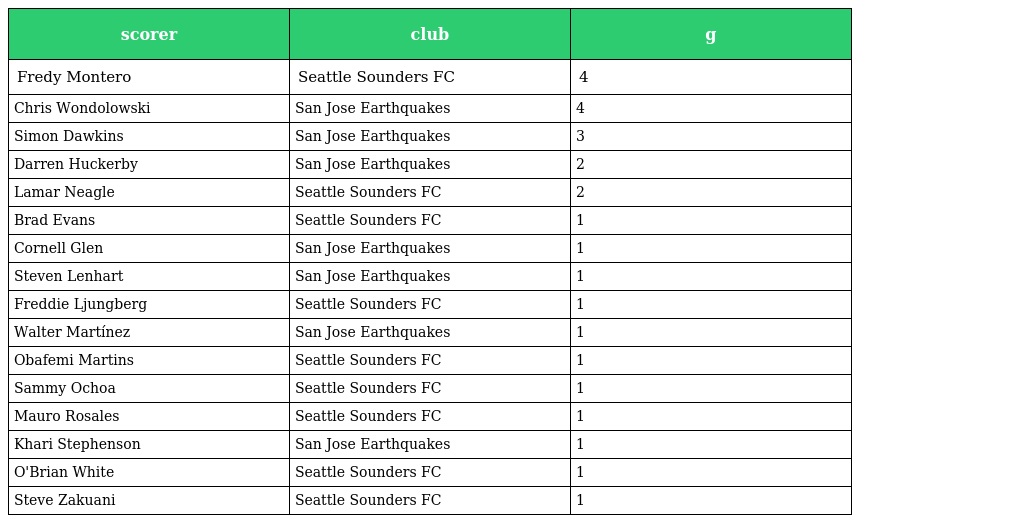
| scorer | club | g |
 | --- | --- | --- |
 | Fredy Montero | Seattle Sounders FC | 4 |
 | Chris Wondolowski | San Jose Earthquakes | 4 |
 | Simon Dawkins | San Jose Earthquakes | 3 |
 | Darren Huckerby | San Jose Earthquakes | 2 |
 | Lamar Neagle | Seattle Sounders FC | 2 |
 | Brad Evans | Seattle Sounders FC | 1 |
 | Cornell Glen | San Jose Earthquakes | 1 |
 | Steven Lenhart | San Jose Earthquakes | 1 |
 | Freddie Ljungberg | Seattle Sounders FC | 1 |
 | Walter Martínez | San Jose Earthquakes | 1 |
 | Obafemi Martins | Seattle Sounders FC | 1 |
 | Sammy Ochoa | Seattle Sounders FC | 1 |
 | Mauro Rosales | Seattle Sounders FC | 1 |
 | Khari Stephenson | San Jose Earthquakes | 1 |
 | O'Brian White | Seattle Sounders FC | 1 |
 | Steve Zakuani | Seattle Sounders FC | 1 |